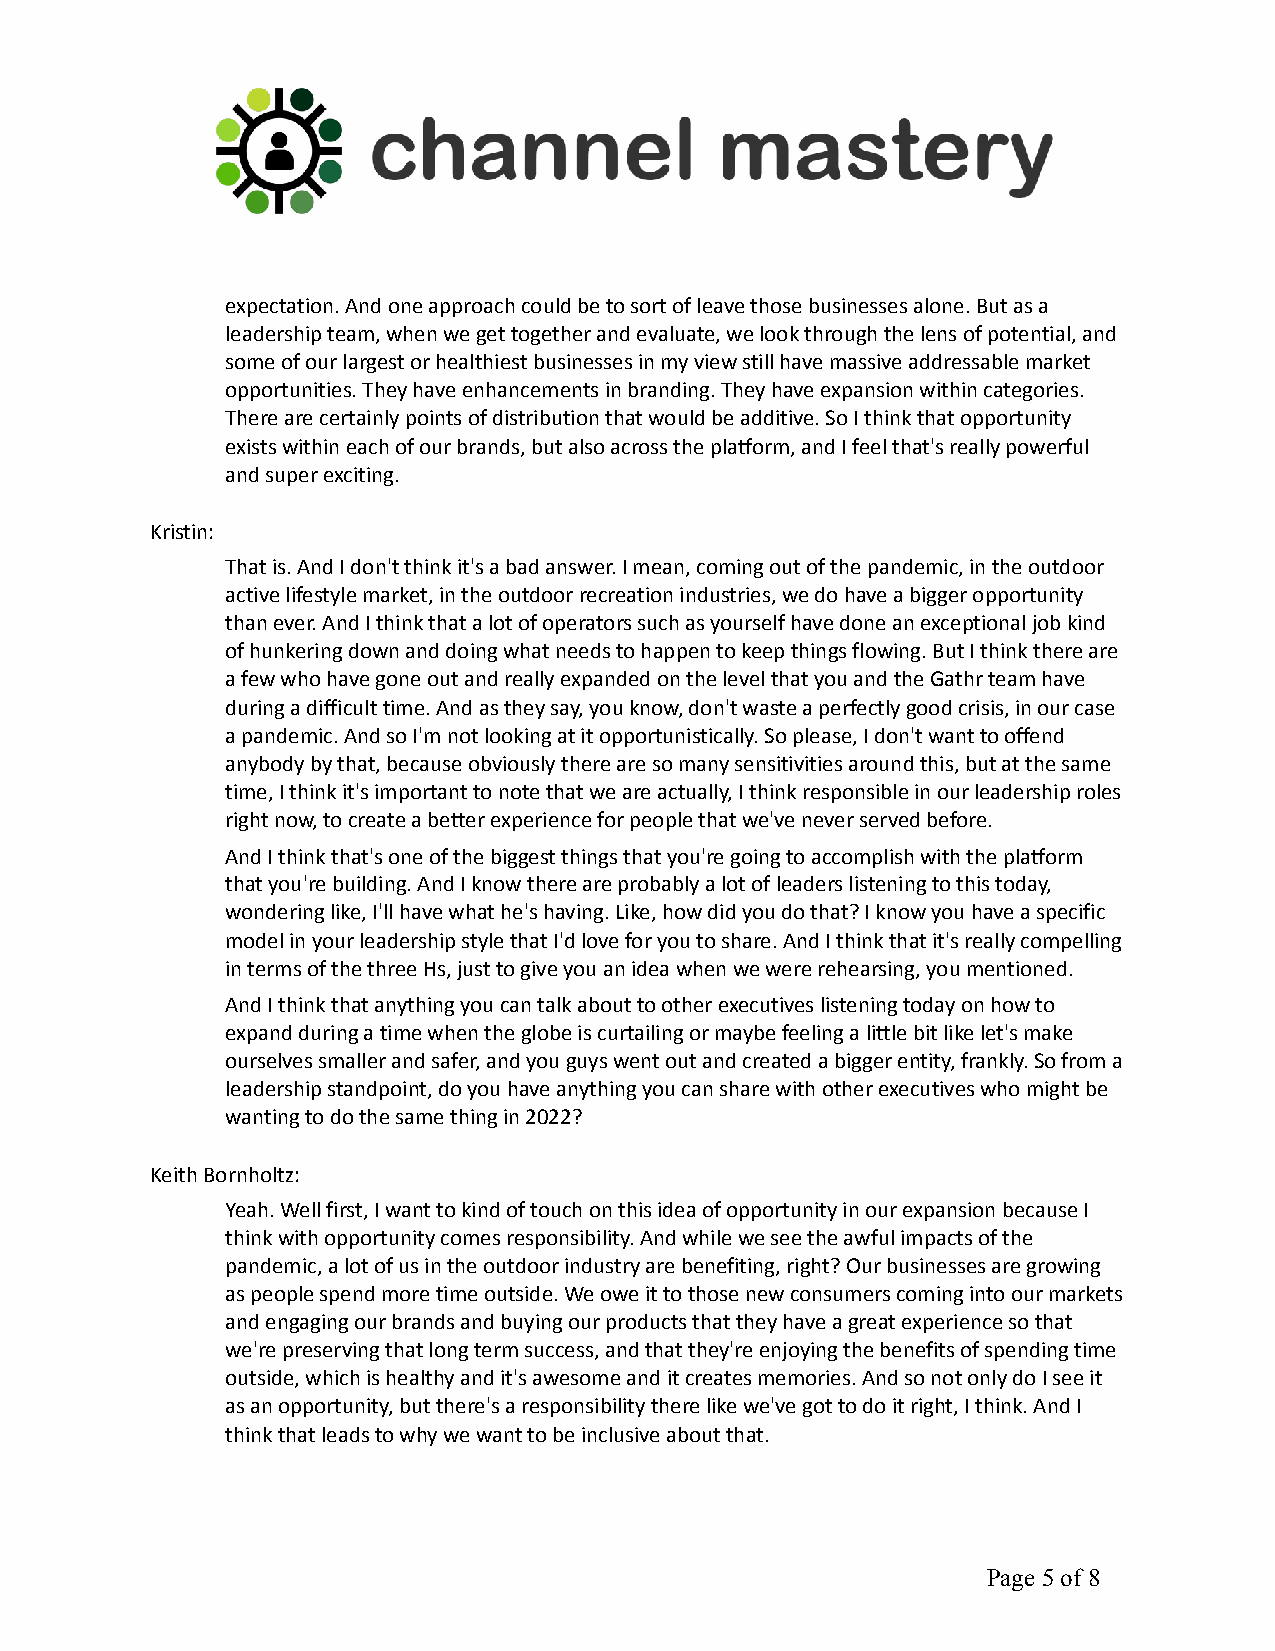
expectation. And one approach could be to sort of leave those businesses alone. But as a
 leadership team, when we get together and evaluate, we look through the lens of potential, and
 some of our largest or healthiest businesses in my view still have massive addressable market
 opportunities. They have enhancements in branding. They have expansion within categories.
 There are certainly points of distribution that would be additive. So I think that opportunity
 exists within each of our brands, but also across the platform, and I feel that's really powerful
 and super exciting.
 Kristin:
 That is. And I don't think it's a bad answer. I mean, coming out of the pandemic, in the outdoor
 active lifestyle market, in the outdoor recreation industries, we do have a bigger opportunity
 than ever. And I think that a lot of operators such as yourself have done an exceptional job kind
 of hunkering down and doing what needs to happen to keep things flowing. But I think there are
 a few who have gone out and really expanded on the level that you and the Gathr team have
 during a difficult time. And as they say, you know, don't waste a perfectly good crisis, in our case
 a pandemic. And so I'm not looking at it opportunistically. So please, I don't want to offend
 anybody by that, because obviously there are so many sensitivities around this, but at the same
 time, I think it's important to note that we are actually, I think responsible in our leadership roles
 right now, to create a better experience for people that we've never served before.
 And I think that's one of the biggest things that you're going to accomplish with the platform
 that you're building. And I know there are probably a lot of leaders listening to this today,
 wondering like, I'll have what he's having. Like, how did you do that? I know you have a specific
 model in your leadership style that I'd love for you to share. And I think that it's really compelling
 in terms of the three Hs, just to give you an idea when we were rehearsing, you mentioned.
 And I think that anything you can talk about to other executives listening today on how to
 expand during a time when the globe is curtailing or maybe feeling a little bit like let's make
 ourselves smaller and safer, and you guys went out and created a bigger entity, frankly. So from a
 leadership standpoint, do you have anything you can share with other executives who might be
 wanting to do the same thing in 2022?
 Keith Bornholtz:
 Yeah. Well first, I want to kind of touch on this idea of opportunity in our expansion because I
 think with opportunity comes responsibility. And while we see the awful impacts of the
 pandemic, a lot of us in the outdoor industry are benefiting, right? Our businesses are growing
 as people spend more time outside. We owe it to those new consumers coming into our markets
 and engaging our brands and buying our products that they have a great experience so that
 we're preserving that long term success, and that they're enjoying the benefits of spending time
 outside, which is healthy and it's awesome and it creates memories. And so not only do I see it
 as an opportunity, but there's a responsibility there like we've got to do it right, I think. And I
 think that leads to why we want to be inclusive about that.
 Page5of 8